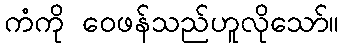
ကံကို ဝေဖန်သည်ဟူလိုသော်။